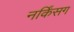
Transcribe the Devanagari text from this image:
नर्किंसग